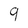
Character: 9